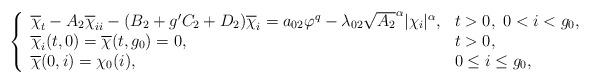
LaTeX: \begin{align*}\left\{\begin{array}{ll}\overline{\chi}_t - A_2\overline{\chi}_{ii} -(B_2+g'C_2+D_2)\overline{\chi}_i = a_{02}\varphi^{q} -\lambda_{02}\sqrt{A_2}^\alpha |\chi_i|^{\alpha},& t>0,\ 0<i<g_0,\\\overline{\chi}_i(t,0) = \overline{\chi}(t,g_0)= 0, & t>0,\\\overline{\chi}(0,i) =\chi_0(i), & 0 \leq i \leq g_0,\\ \end{array}\right.\end{align*}